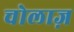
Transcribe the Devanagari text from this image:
चोलाज़